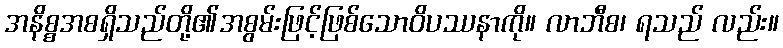
အနိစ္စအစရှိသည်တို့၏အစွမ်းဖြင့်ဖြစ်သောဝိပဿနာကို။ လာဘီစ၊ ရသည် လည်း။